Civil Veterinary Department Bihar & Orissa reports 1911-21 - 1911-1921
Year: 1911
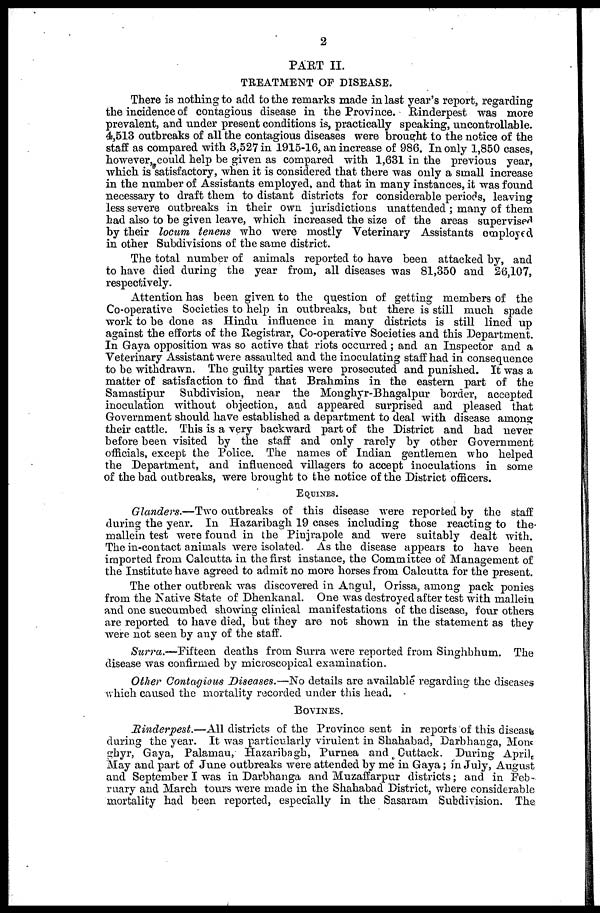
2
PART II.
TREATMENT OF DISEASE.
There is nothing to add to the remarks made in last year's report, regarding
the incidence of contagious disease in the Province. Rinderpest was more
prevalent, and under present conditions is, practically speaking, uncontrollable.
4,513 outbreaks of all the contagious diseases were brought to the notice of the
staff as compared with 3,527 in 1915-16, an increase of 986. In only 1,850 cases,
however, could help be given as compared with 1,631 in the previous year,
which is satisfactory, when it is considered that there was only a small increase
in the number of Assistants employed, and that in many instances, it was found
necessary to draft them to distant districts for considerable periods, leaving
less severe outbreaks in their own jurisdictions unattended ; many of them
had also to be given leave, which increased the size of the areas supervised
by their locum tenens who were mostly Veterinary Assistants employed
in other Subdivisions of the same district.
The total number of animals reported to have been attacked by, and
to have died during the year from, all diseases was 81,350 and 26,107,
respectively.
Attention has been given to the question of getting members of the
Co-operative Societies to help in outbreaks, but there is still much spade
work to be done as Hindu influence in many districts is still lined up
against the efforts of the Registrar, Co-operative Societies and this Department.
In Gaya opposition was so active that riots occurred ; and an Inspector and a
Veterinary Assistant were assaulted and the inoculating staff had in consequence
to be withdrawn. The guilty parties were prosecuted and punished. It was a
matter of satisfaction to find that Brahmins in the eastern part of the
Samastipur Subdivision, near the Monghyr-Bhagalpur border, accepted
inoculation without objection, and appeared surprised and pleased that
Government should have established a department to deal with disease among
their cattle. This is a very backward part of the District and had never
before been visited by the staff and only rarely by other Government
officials, except the Police. The names of Indian gentlemen who helped
the Department, and influenced villagers to accept inoculations in some
of the bad outbreaks, were brought to the notice of the District officers.
EQUINES.
Glanders.—Two outbreaks of this disease were reported by the staff
during the year. In Hazaribagh 19 cases including those reacting to the
mallein test were found in the Pinjrapole and were suitably dealt with.
The in-contact animals were isolated. As the disease appears to have been
imported from Calcutta in the first instance, the Committee of Management of
the Institute have agreed to admit no more horses from Calcutta for the present.
The other outbreak was discovered in Angul, Orissa, among pack ponies
from the Native State of Dhenkanal. One was destroyed after test with mallein
and one succumbed showing clinical manifestations of the disease, four others
are reported to have died, but they arc not shown in the statement as they
were not seen by any of the staff.
Surra.—Fifteen
deaths from Surra were reported from Singhbhum. The
disease was confirmed by microscopical examination.
Other Contagious Diseases.—No details are available regarding the diseases
which caused the mortality recorded under this head.
BOVINES.
Rinderpest.—All
districts of the Province sent in reports of this diseas
during the year. It was particularly virulent in Shahabad, Darbhauga, Mon
ghyr, Gaya, Palamau, Hazaribagh, Purnea and Cuttack. During April,
May and part of June outbreaks were attended by me in Gaya; in July, August
and September I was in Darbhanga and Muzaffarpur districts; and in Feb-
ruary and March tours were made in the Shahabad District, where considerable
mortality had been reported, especially in the Sasaram Subdivision. The